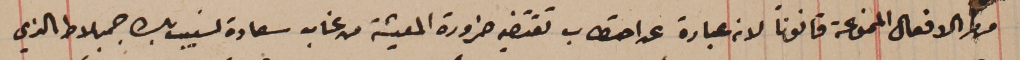
من الافعال الممنوعة قانوناَ لانه عبارة عن احتطاب تقتضيه ضرورة المعيشة من غاب سعادة نسيب بك جنبلاط الذي